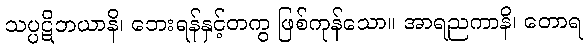
သပ္ပဋိဘယာနိ၊ ဘေးရန်နှင့်တကွ ဖြစ်ကုန်သော။ အာရညကာနိ၊ တောရ